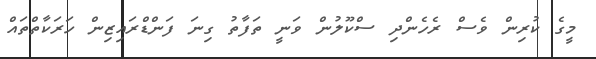
މީގެ ކުރިން ވެސް ރެހެންދި ސްކޫލުން ވަނީ ތަފާތު ގިނަ ފަންޑްރައިޒިން ހަރަކާތްތައް